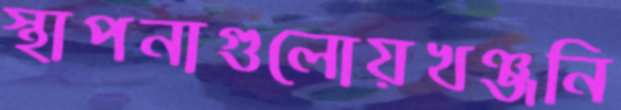
স্থাপনাগুলোয়খঞ্জনি